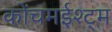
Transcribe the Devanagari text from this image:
कोंचमईश्ट्म